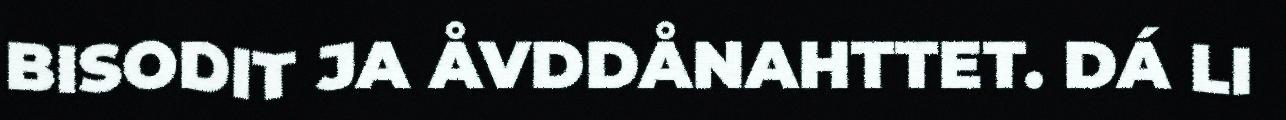
BISODIT JA ÅVDDÅNAHTTET. DÁ LI